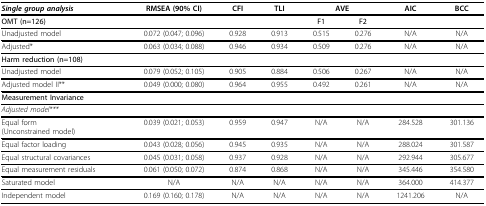
<table><thead><tr><td colspan="2"><b><i>Single group analysis</i></b></td><td><b>RMSEA (90% CI)</b></td><td><b>CFI</b></td><td><b>TLI</b></td><td colspan="2"><b>AVE</b></td><td><b>AIC</b></td><td><b>BCC</b></td></tr></thead><tbody><tr><td colspan="2"><b>OMT (n=126)</b></td><td></td><td></td><td></td><td><b>F1</b></td><td><b>F2</b></td><td></td><td></td></tr><tr><td colspan="2">Unadjusted model</td><td>0.072 (0.047; 0.096)</td><td>0.928</td><td>0.913</td><td>0.515</td><td>0.276</td><td>N/A</td><td>N/A</td></tr><tr><td colspan="2">Adjusted*</td><td>0.063 (0.034; 0.088)</td><td>0.946</td><td>0.934</td><td>0.509</td><td>0.276</td><td>N/A</td><td>N/A</td></tr><tr><td colspan="2"><b>Harm reduction (n=108)</b></td><td></td><td></td><td></td><td></td><td></td><td></td><td></td></tr><tr><td colspan="2">Unadjusted model</td><td>0.079 (0.052; 0.105)</td><td>0.905</td><td>0.884</td><td>0.506</td><td>0.267</td><td>N/A</td><td>N/A</td></tr><tr><td colspan="2">Adjusted model II**</td><td>0.049 (0.000; 0.080)</td><td>0.964</td><td>0.955</td><td>0.492</td><td>0.261</td><td>N/A</td><td>N/A</td></tr><tr><td colspan="2"><b>Measurement Invariance</b></td><td></td><td></td><td></td><td></td><td></td><td></td><td></td></tr><tr><td colspan="2"><i>Adjusted model***</i></td><td></td><td></td><td></td><td></td><td></td><td></td><td></td></tr><tr><td colspan="2">Equal form(Unconstrained model)</td><td>0.039 (0.021; 0.053)</td><td>0.959</td><td>0.947</td><td>N/A</td><td>N/A</td><td>284.528</td><td>301.136</td></tr><tr><td colspan="2">Equal factor loading</td><td>0.043 (0.028; 0.056)</td><td>0.945</td><td>0.935</td><td>N/A</td><td>N/A</td><td>288.024</td><td>301.587</td></tr><tr><td colspan="2">Equal structural covariances</td><td>0.045 (0.031; 0.058)</td><td>0.937</td><td>0.928</td><td>N/A</td><td>N/A</td><td>292.944</td><td>305.677</td></tr><tr><td colspan="2">Equal measurement residuals</td><td>0.061 (0.050; 0.072)</td><td>0.874</td><td>0.868</td><td>N/A</td><td>N/A</td><td>345.446</td><td>354.580</td></tr><tr><td colspan="2">Saturated model</td><td>N/A</td><td>N/A</td><td>N/A</td><td>N/A</td><td>N/A</td><td>364.000</td><td>414.377</td></tr><tr><td colspan="2">Independent model</td><td>0.169 (0.160; 0.178)</td><td>N/A</td><td>N/A</td><td>N/A</td><td>N/A</td><td>1241.206</td><td>N/A</td></tr></tbody></table>